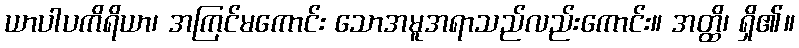
ယာပါပကိရိယာ၊ အကြင်မကောင်း သောအမူအရာသည်လည်းကောင်း။ အတ္ထိ၊ ရှိ၏။